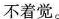
不着觉。